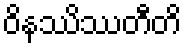
ဝိနဿိဿတီတိ